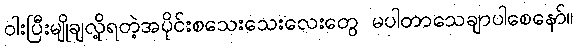
ဝါးပြီးမျိုချလို့ရတဲ့အပိုင်းစသေးသေးလေးတွေ မပါတာသေချာပါစေနော်။